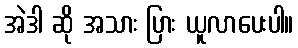
အဲဒါ ဆို အသား ပြား ယူလာပေးပါ။